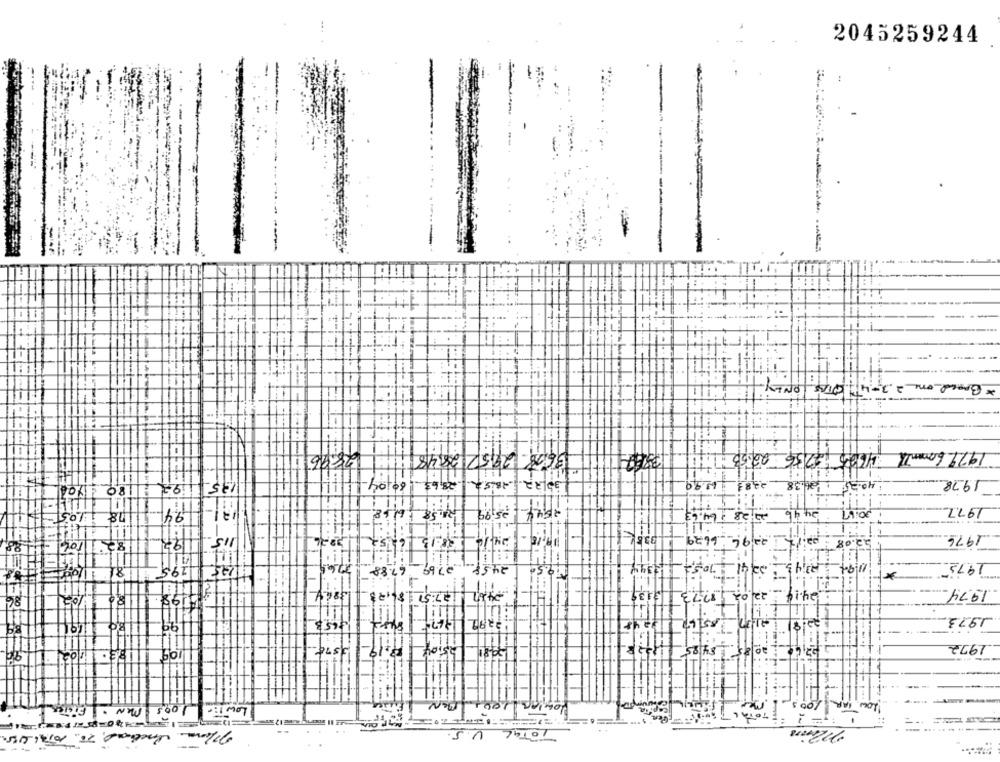
2045259244
..
-
11.
11
* Brand one 2 3-4 DIAS ONLY-
11:1
2896
3628-29522848
4625 4756-2253 711
1979 60manTh
195
6004
25,63
1978
92 : 180- 104
2383 1399
178 1103
94
25,99
2544
24.46
20:17
1977
20,28 1 64.63
2416 138.15 6.752
82/1/04 -88
192
22 96 6629
02:17
25.08
1976
1195
7961
27.69 67.88
19.50
IT
7052
2241
11/94 ; 123:43
1973
8/ 11/94
1974
2467 27:57 86123
22/02/17.73 3339
24.14
86
1198
:41
1
22.99 1367- 8487
1973
,99
53
22/9
25.04- 19:19-
29.84
20 85 84.85
1972
90
09
Lowigni 200, men
mer
VAR /00 S
LOW Ti- 100's men . 1 Filter
TOTALT
TOTAL U.S.